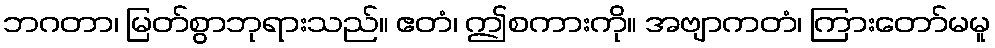
ဘဂတာ၊ မြတ်စွာဘုရားသည်။ ဧတံ၊ ဤစကားကို။ အဗျာကတံ၊ ကြားတော်မမူ